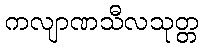
ကလျာဏသီလသုတ္တ